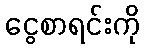
ငွေစာရင်းကို